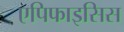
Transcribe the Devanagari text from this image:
एपिफाइसिस